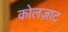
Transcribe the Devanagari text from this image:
कोलज़ाट